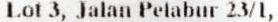
LOT 3, JALAN PELABUR 23/1,